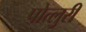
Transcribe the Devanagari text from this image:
पोत्लुरी